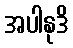
အပါနုဒိ